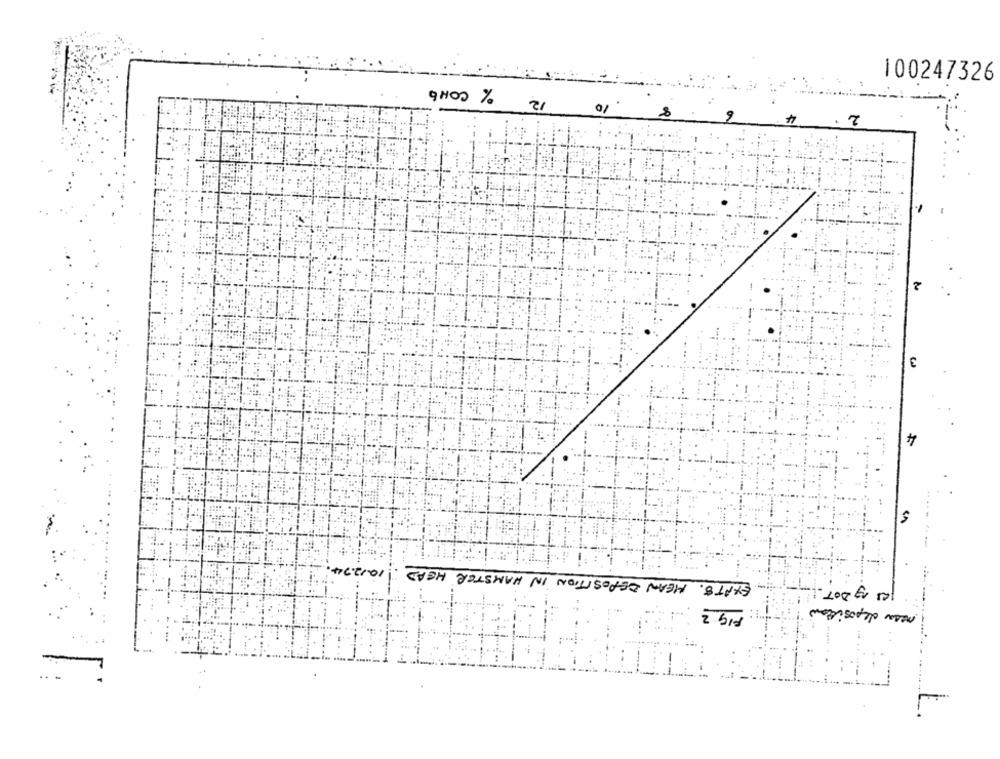
100247326
% COHb
10
2
3
EXPTS. HEAN DEPOSITION IN HAMSTER HEAD. 10.12.94.
a mg DOT.
mesa deposition
2.bid
.. .